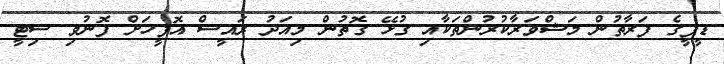
ޑީޕީގެ ފަރާތުން މަޝްވަރާކުރުންތަކާއި ގުޅޭ ގޮތުން މިއަދު ރައީސް އޮފީހަށް ފޮނުވި ސިޓީ